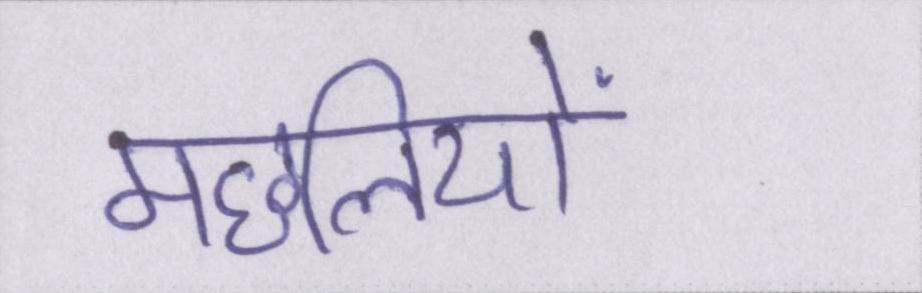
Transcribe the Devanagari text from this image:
मछलियों